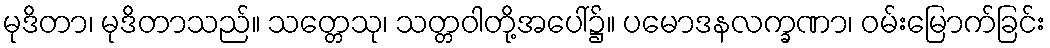
မုဒိတာ၊ မုဒိတာသည်။ သတ္တေသု၊ သတ္တဝါတို့အပေါ်၌။ ပမောဒနလက္ခဏာ၊ ဝမ်းမြောက်ခြင်း